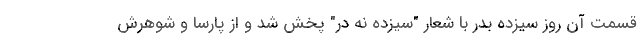
قسمت آن روز سیزده بدر با شعار "سیزده نه در" پخش شد و از پارسا و شوهرش